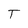
Character: T